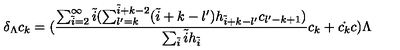
\delta _ { \Lambda } c _ { k } = ( \frac { \sum _ { \tilde { i } = 2 } ^ { \infty } \tilde { i } ( \sum _ { l ^ { \prime } = k } ^ { \tilde { i } + k - 2 } ( \tilde { i } + k - l ^ { \prime } ) h _ { \tilde { i } + k - l ^ { \prime } } c _ { l ^ { \prime } - k + 1 } ) } { \sum _ { \tilde { i } } \tilde { i } h _ { \tilde { i } } } c _ { k } + \dot { c _ { k } } c ) \Lambda